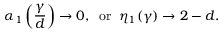
\alpha _ { 1 } \left( \frac { \gamma } { d } \right) \rightarrow 0 , \; \; \mathrm { o r } \; \; \eta _ { 1 } ( \gamma ) \rightarrow 2 - d .